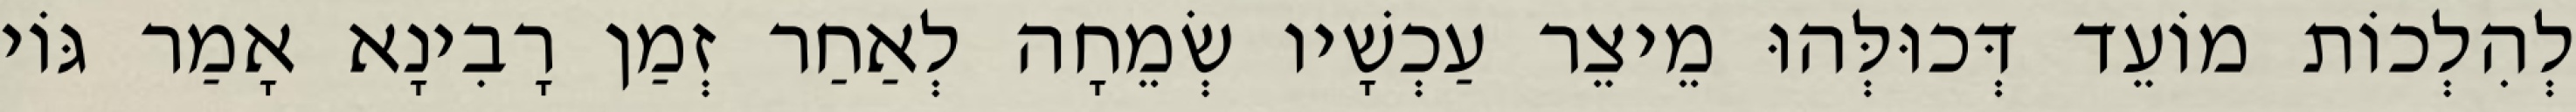
לְהִלְכוֹת מוֹעֵד דְּכוּלְּהוּ מֵיצֵר עַכְשָׁיו שְׂמֵחָה לְאַחַר זְמַן רָבִינָא אָמַר גּוֹי